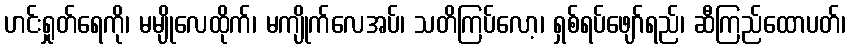
ဟင်းရှုတ်ရေကို၊ မမျိုလေထိုက်၊ မကျိုက်လေအပ်၊ သတိကြပ်လော့၊ ရှစ်ရပ်ဖျော်ရည်၊ ဆီကြည်ထောပတ်၊